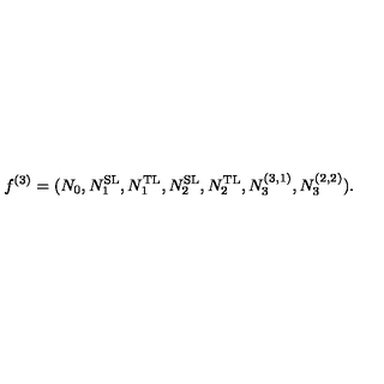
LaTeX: f ^ { ( 3 ) } = ( N _ { 0 } , N _ { 1 } ^ { \mathrm { S L } } , N _ { 1 } ^ { \mathrm { T L } } , N _ { 2 } ^ { \mathrm { S L } } , N _ { 2 } ^ { \mathrm { T L } } , N _ { 3 } ^ { ( 3 , 1 ) } , N _ { 3 } ^ { ( 2 , 2 ) } ) .